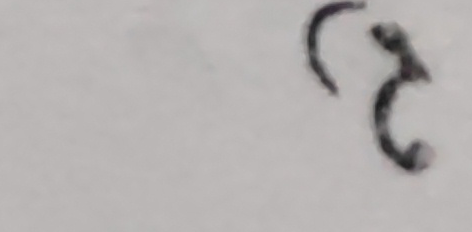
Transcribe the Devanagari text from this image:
३